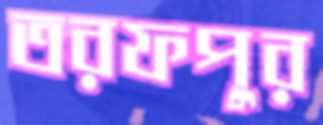
তরফপুর